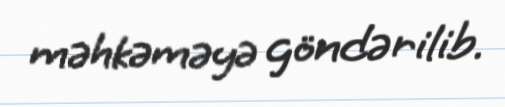
məhkəməyə göndərilib.